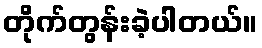
တိုက်တွန်းခဲ့ပါတယ်။